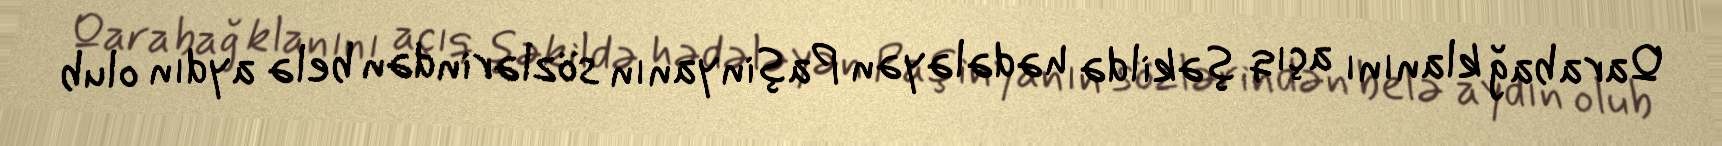
Qarabağ klanını açıq şəkildə hədələyən Paşinyanın sözlərindən belə aydın olub